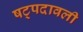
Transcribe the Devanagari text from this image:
षट्पदावली